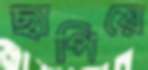
ছাপিয়ে